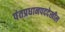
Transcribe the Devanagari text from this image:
पंतप्रधानपददेखील